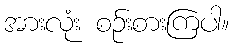
အားလုံး စဉ်းစားကြပါ။